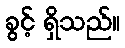
ခွင့် ရှိသည်။